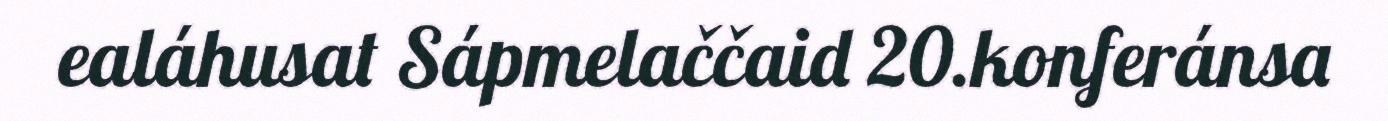
ealáhusat Sápmelaččaid 20.konferánsa